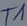
Text: T1